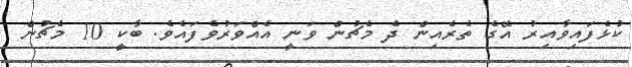
ކުޅެފައިވާއިރު އޭގެ ތެރެއިން ދެ މެޗުން ވަނީ އެއްވަރުވެފައެވެ. ބާކީ 10 މެޗުން